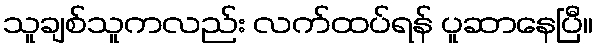
သူချစ်သူကလည်း လက်ထပ်ရန် ပူဆာနေပြီ။